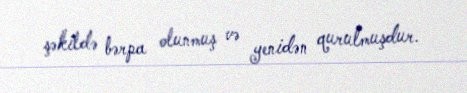
şəkildə bərpa olunmuş və yenidən qurulmuşdur.